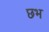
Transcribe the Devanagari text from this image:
छभ